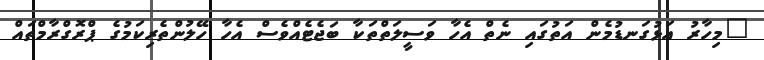
"މިހާރު އަޅުގަނޑުމެން އަތުގައި ނެތް އެހާ ވަސީލަތްތަކާ ބަޖެޓެއްވެސް އެހާ ހޭލުންތެރިކަމުގެ ޕްރޮގްރާމްތައް